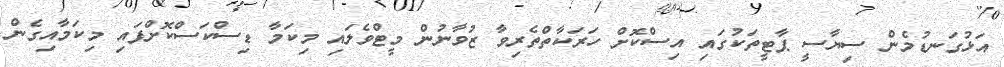
އަޅުގަނޑުމެން ސިޔާސީ ޕާޓީތަކުގައި އިސްކޮށް ހަރަކާތްތެރިވާ ޒުވާނުން މީޓްވެލައި މިކަމާ ޑިސްކަސްކޮށްފައި މިކަމާއިގެން